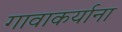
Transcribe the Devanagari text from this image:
गावाकर्याना